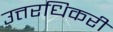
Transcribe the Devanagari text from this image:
उत्तरधिकरी